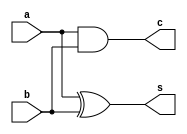
`timescale 1ns / 1ps
//////////////////////////////////////////////////////////////////////////////////
// Company: 
// Engineer: 
// 
// Design Name: 
// Module Name: full_adder
// Project Name: 
// Target Devices: 
// Tool Versions: 
// Description: 
// 
// Dependencies: 
// 
// Revision:
// Revision 0.01 - File Created
// Additional Comments:
// 
//////////////////////////////////////////////////////////////////////////////////
// Code your design : Full Adder
module half_add(a,b,s,c); 
  input a,b;
  output s,c;
  xor x1(s,a,b);
  and a1(c,a,b);
endmodule
module full_add(a,b,cin,sum,cout);
  input a,b,cin;
  output sum,cout;
  wire x,y,z;
  half_add h1(.a(a),.b(b),.s(x),.c(y));
  half_add h2(.a(x),.b(cin),.s(sum),.c(z));
  or o1(cout,y,z);
endmodule